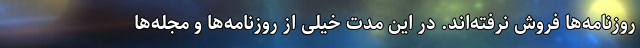
روزنامه‌ها فروش نرفته‌اند. در این مدت خیلی از روزنامه‌ها و مجله‌ها